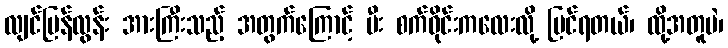
လျင်မြန်လွန်း အားကြီးသည့် အတွက်ကြောင့် မီး စက်ဝိုင်းကလေးလို့ မြင်ရတယ်၊ ထို့အတူပဲ၊